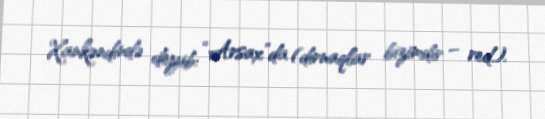
Xankəndində deyib: “Arsax”da (dırnaqlar bizimdir – red.).